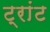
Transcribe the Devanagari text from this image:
ट्रांट